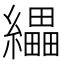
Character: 𦇄